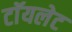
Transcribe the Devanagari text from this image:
टाॅयलेट